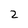
Character: 2